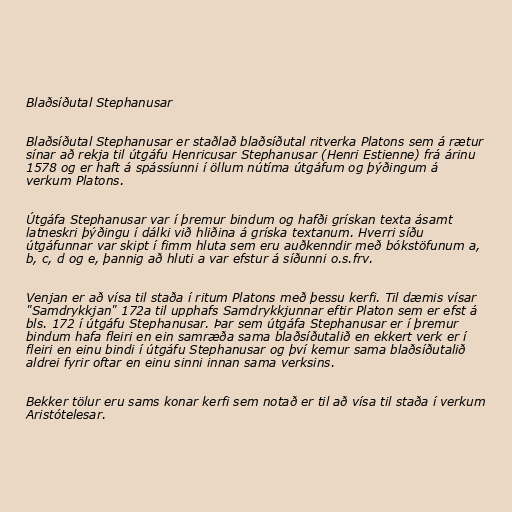
Blaðsíðutal Stephanusar

Blaðsíðutal Stephanusar er staðlað blaðsíðutal ritverka Platons sem á rætur
sínar að rekja til útgáfu Henricusar Stephanusar (Henri Estienne) frá árinu
1578 og er haft á spássíunni í öllum nútíma útgáfum og þýðingum á
verkum Platons.

Útgáfa Stephanusar var í þremur bindum og hafði grískan texta ásamt
latneskri þýðingu í dálki við hliðina á gríska textanum. Hverri síðu
útgáfunnar var skipt í fimm hluta sem eru auðkenndir með bókstöfunum a,
b, c, d og e, þannig að hluti a var efstur á síðunni o.s.frv.

Venjan er að vísa til staða í ritum Platons með þessu kerfi. Til dæmis vísar
"Samdrykkjan" 172a til upphafs Samdrykkjunnar eftir Platon sem er efst á
bls. 172 í útgáfu Stephanusar. Þar sem útgáfa Stephanusar er í þremur
bindum hafa fleiri en ein samræða sama blaðsíðutalið en ekkert verk er í
fleiri en einu bindi í útgáfu Stephanusar og því kemur sama blaðsíðutalið
aldrei fyrir oftar en einu sinni innan sama verksins.

Bekker tölur eru sams konar kerfi sem notað er til að vísa til staða í verkum
Aristótelesar.